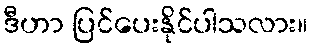
ဒီဟာ ပြင်ပေးနိုင်ပါသလား။